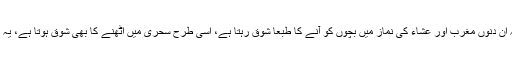
‘‘ ماہِ رمضان سے یہ فائدہ بآسانی حاصل کیا جاسکتا ہے، اس لیے کہ ان دنوں مغرب اور عشاء کی نماز میں بچوں کو آنے کا طبعاً شوق رہتا ہے، اسی طرح سحری میں اُٹھنے کا بھی شوق ہوتا ہے، یہ اللہ تعالیٰ کی طرف سے ایک قدرتی روشنی ان کے دل میں ہوتی ہے۔